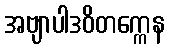
အဗျာပါဒဝိတက္ကေန